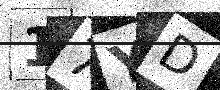
Text: 17YD